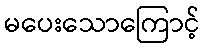
မပေးသောကြောင့်